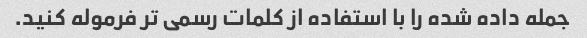
جمله داده شده را با استفاده از کلمات رسمی تر فرموله کنید.